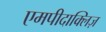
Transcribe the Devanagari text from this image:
एमपीदाक्लिज़